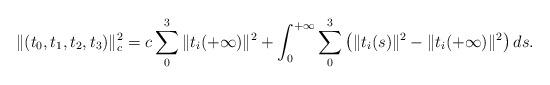
LaTeX: \begin{align*}\|(t_0,t_1,t_2,t_3)\|_c^2=c\sum_0^3\|t_i(+\infty)\|^2+\int_0^{+\infty}\sum_0^3\left(\|t_i(s)\|^2-\|t_i(+\infty)\|^2\right)ds. \end{align*}